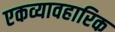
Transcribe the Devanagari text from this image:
एकव्यावहारिक